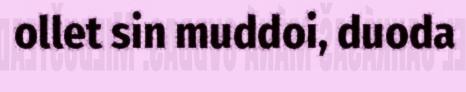
ollet sin muddoi, duoda